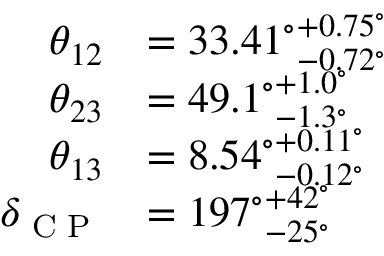
{ \begin{array} { r l } { \theta _ { 1 2 } } & { = { 3 3 . 4 1 ^ { \circ } } _ { - 0 . 7 2 ^ { \circ } } ^ { + 0 . 7 5 ^ { \circ } } } \\ { \theta _ { 2 3 } } & { = { 4 9 . 1 ^ { \circ } } _ { - 1 . 3 ^ { \circ } } ^ { + 1 . 0 ^ { \circ } } } \\ { \theta _ { 1 3 } } & { = { 8 . 5 4 ^ { \circ } } _ { - 0 . 1 2 ^ { \circ } } ^ { + 0 . 1 1 ^ { \circ } } } \\ { \delta _ { \textrm { C P } } } & { = { 1 9 7 ^ { \circ } } _ { - 2 5 ^ { \circ } } ^ { + 4 2 ^ { \circ } } } \end{array} }